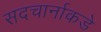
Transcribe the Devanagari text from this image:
सदचार्नाकडे